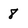
Character: 8